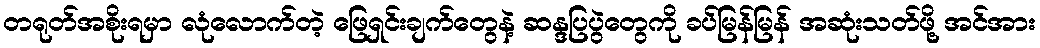
တရုတ်အစိုးရမှာ လုံလောက်တဲ့ ဖြေရှင်းချက်တွေနဲ့ ဆန္ဒပြပွဲတွေကို ခပ်မြန်မြန် အဆုံးသတ်ဖို့ အင်အား